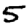
Digit: 5